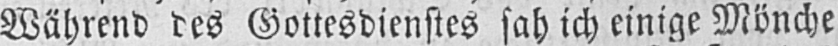
Während des Gottesdienstes sah ich einige Mönche